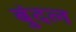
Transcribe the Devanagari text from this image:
बुंदल